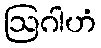
ဩဂါဟံ